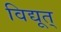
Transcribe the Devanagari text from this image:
विद्यूत्‌